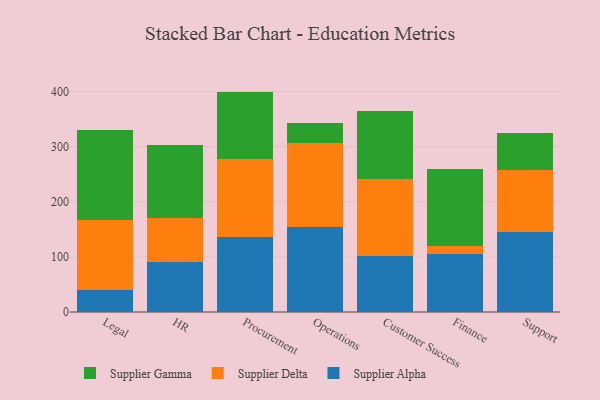
{"axis": {"x": "Department", "y": "Market Share (%)"}, "legend": ["Supplier Alpha", "Supplier Delta", "Supplier Gamma"], "data": [{"x": "Legal", "y": 39.4, "type": "Supplier Alpha"}, {"x": "Legal", "y": 127.1, "type": "Supplier Delta"}, {"x": "Legal", "y": 164.0, "type": "Supplier Gamma"}, {"x": "HR", "y": 91.6, "type": "Supplier Alpha"}, {"x": "HR", "y": 78.6, "type": "Supplier Delta"}, {"x": "HR", "y": 133.0, "type": "Supplier Gamma"}, {"x": "Procurement", "y": 135.3, "type": "Supplier Alpha"}, {"x": "Procurement", "y": 142.3, "type": "Supplier Delta"}, {"x": "Procurement", "y": 122.3, "type": "Supplier Gamma"}, {"x": "Operations", "y": 153.7, "type": "Supplier Alpha"}, {"x": "Operations", "y": 152.6, "type": "Supplier Delta"}, {"x": "Operations", "y": 37.3, "type": "Supplier Gamma"}, {"x": "Customer Success", "y": 102.5, "type": "Supplier Alpha"}, {"x": "Customer Success", "y": 139.5, "type": "Supplier Delta"}, {"x": "Customer Success", "y": 122.4, "type": "Supplier Gamma"}, {"x": "Finance", "y": 105.6, "type": "Supplier Alpha"}, {"x": "Finance", "y": 14.7, "type": "Supplier Delta"}, {"x": "Finance", "y": 138.4, "type": "Supplier Gamma"}, {"x": "Support", "y": 144.7, "type": "Supplier Alpha"}, {"x": "Support", "y": 113.2, "type": "Supplier Delta"}, {"x": "Support", "y": 66.2, "type": "Supplier Gamma"}]}